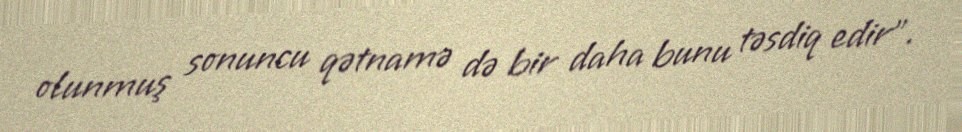
olunmuş sonuncu qətnamə də bir daha bunu təsdiq edir”.